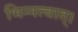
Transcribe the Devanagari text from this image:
भिन्नत्वात्।